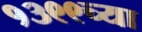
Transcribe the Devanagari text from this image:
१३९९च्या